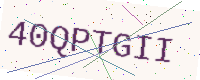
Text: 40QPTGII